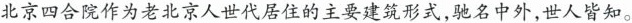
北京四合院作为老北京人世代居住的主要建筑形式，驰名中外，世人皆知。